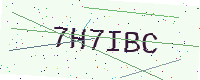
Text: 7H7IBC